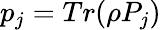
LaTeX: p_{j}=Tr(\rho P_{j})